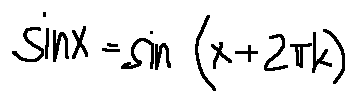
\sin x = \sin ( x + 2 \pi k )